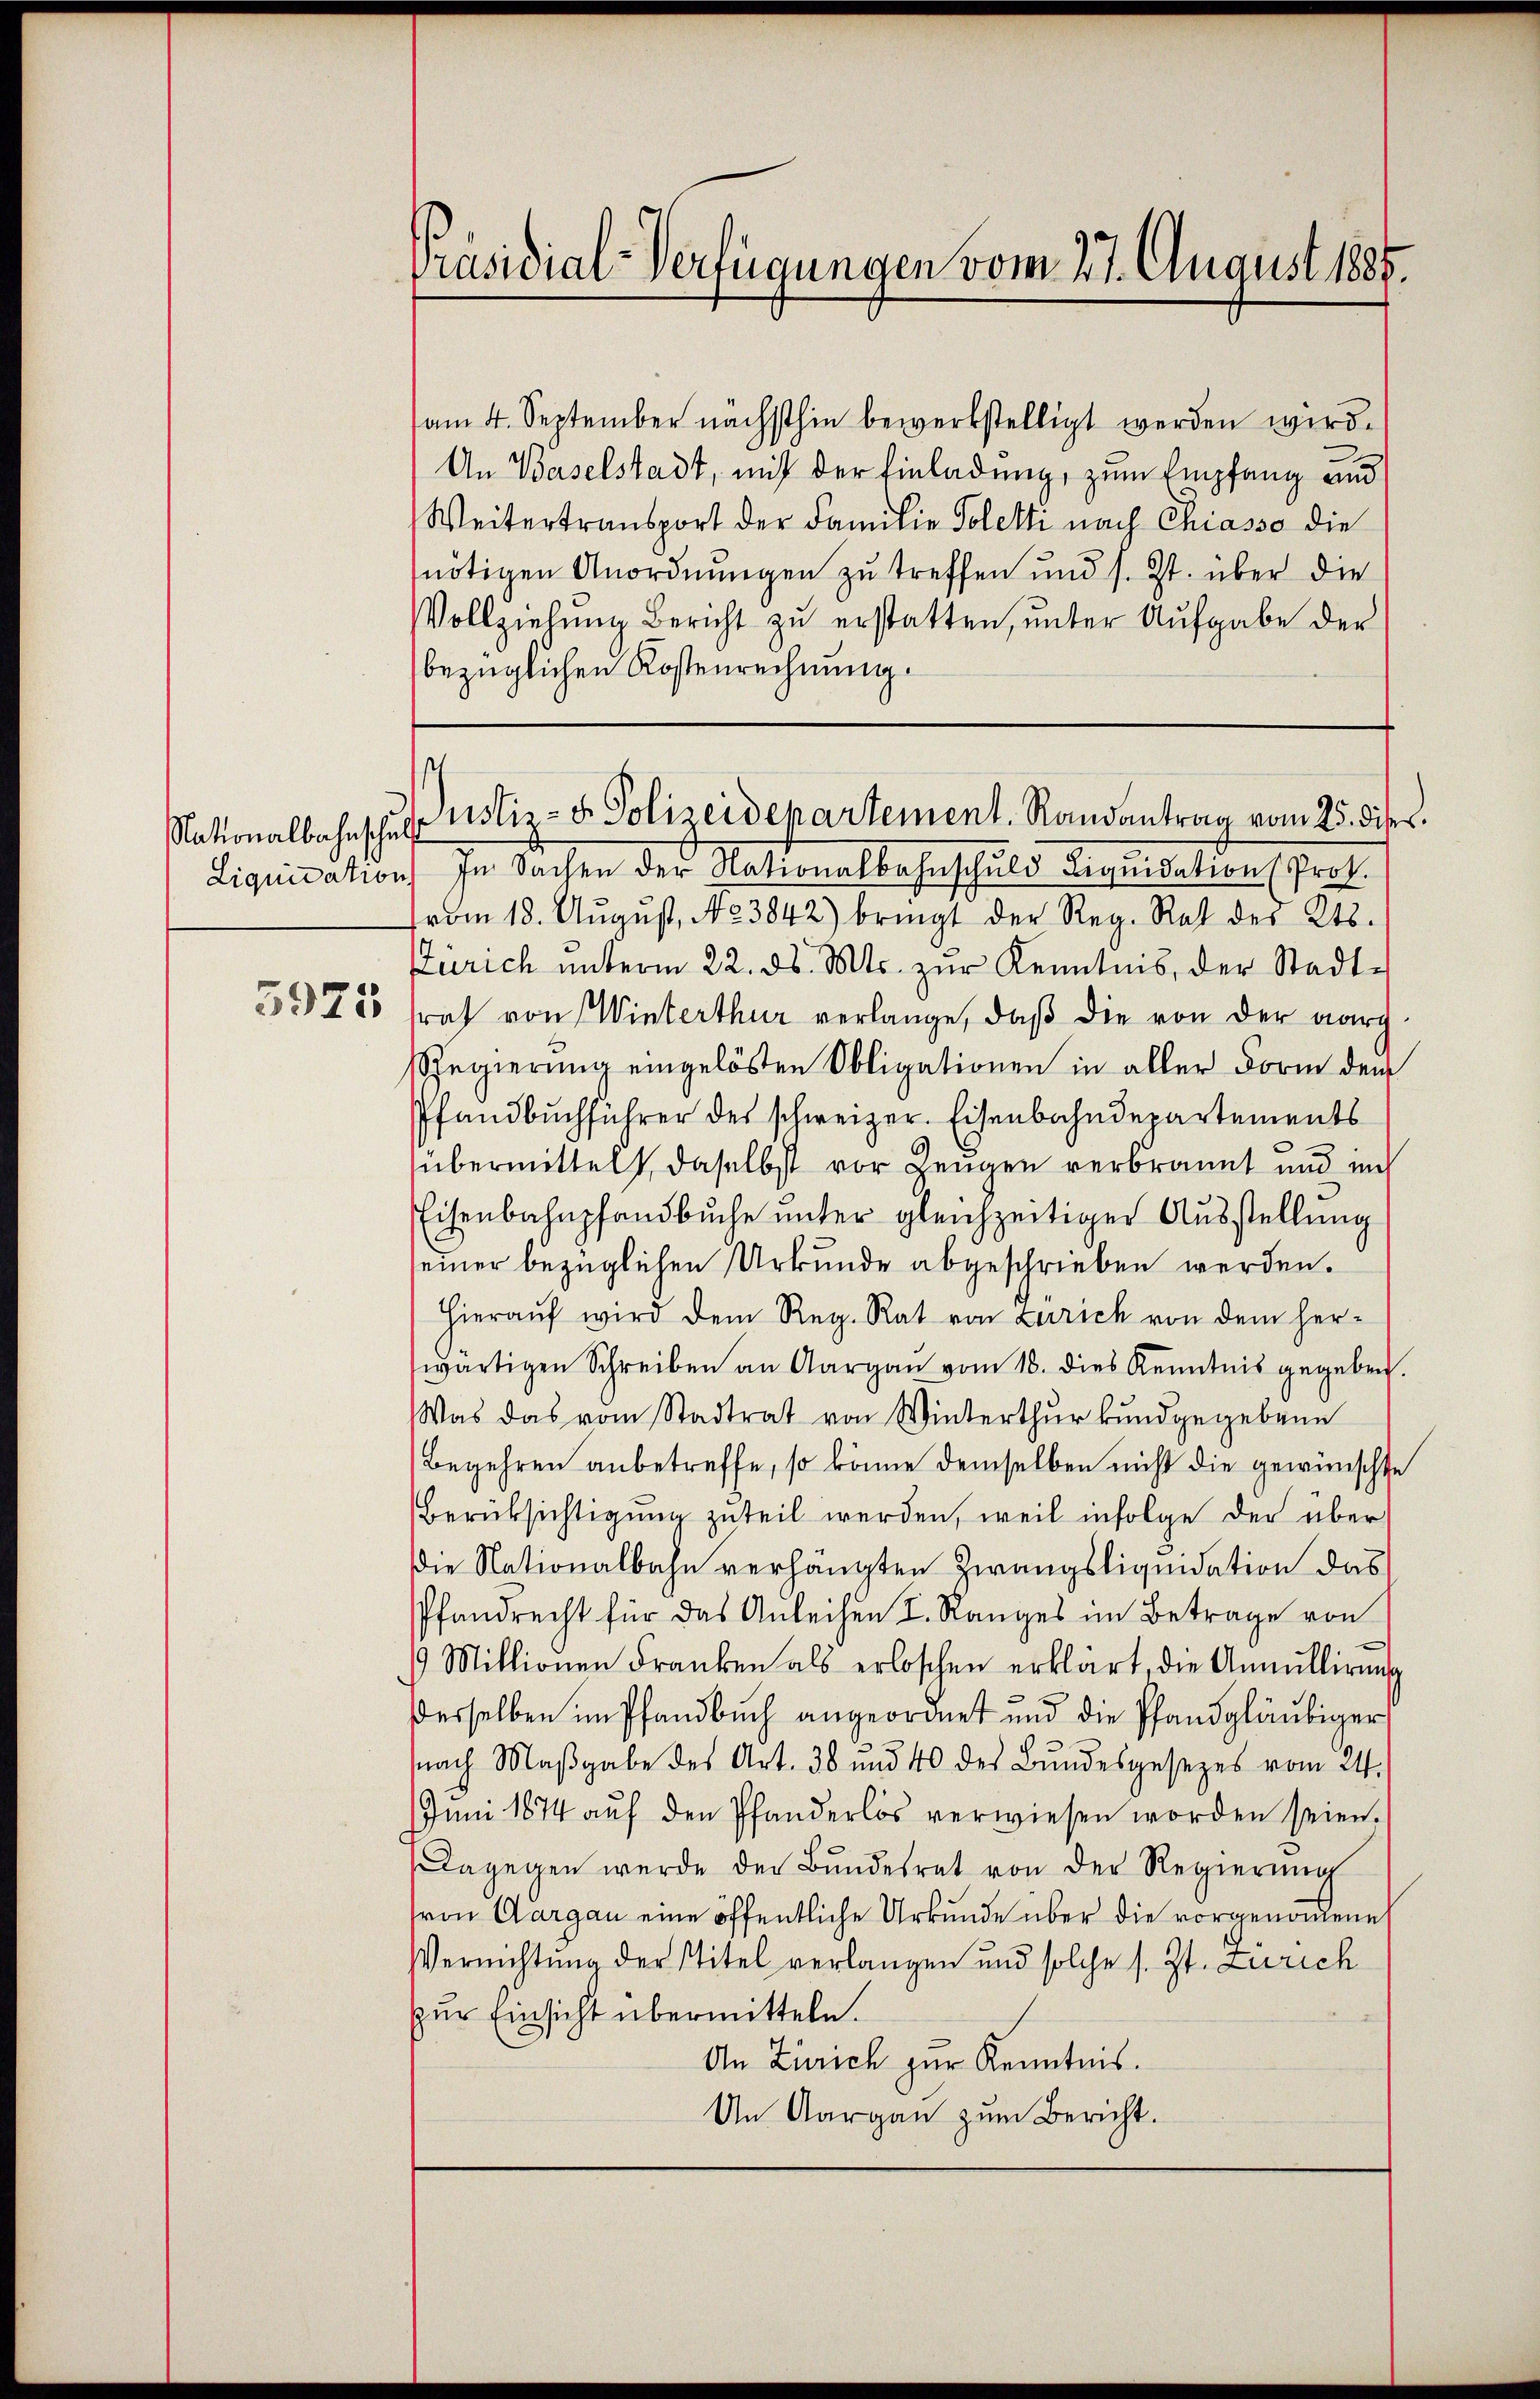
3925

Präsidial-Verfügungen vom 27. August 1885.

am 4. September nächsthin bewerkstelligt werden wird.
An Baselstadt, mit der Einladung, zum Empfang und
Weitertransport der Familie Poletti nach Chiasso die
nötigen Anordnungen zu treffen und s. Zt. über die
Vollziehŭng Bericht zŭ erstatten, unter Aufgabe der
bezüglichen Kostenrechnung.
Liquidation in Sachen der Nationalbahnschuld Liquidation (Prof.
vom 18. Aŭgŭst No. 3842) bringt der Reg. Rat des Kts.
Zürich ŭnterm 22. ds. Mts. zŭr Kenntnis, der Stadt-
raf von Winterthur verlange, daß die von der durch
Regierung eingelösten Obligationen in aller Form dem
Pfandbuchführer des schweizer. Eisenbahndepartements
übermittelt, daselbst vor Zeugen verbrannt und in
Eisenbahnpfandbuche unter gleichzeitiger Ausstellung
seiner bezüglichen Urkunde abgeschrieben werden.
Hieraŭf wird dem Reg. Rat von Zürich von dem herwärtigen Schreiben an Aargau vom 18. dies Kenntnis gegeben.
Was das vom Stadtrat von Winterthur kundgegebene
Begehren anbetreffe, so könne demselben nicht die gewünschte
Berüksichtigung zuteil werden, weil infolge der über
Die Nationalbahn verhängten Zwangsliquidation das
Pfandrecht für das Anleihen I. Ranges im Betrage von
9 Millionen Franken als erloschen erklärt, die Annullirung
derselben im Pfandbuch angeordnet und die Pfandgläubiger
nach Maβgabe des Art. 38 und 40 des Bŭndesgesetzes vom 24.
Juni 1874 aŭf den Pfanderlos verwiesen worden seien.
dagegen werde der Bŭndesrat von der Regierŭng
(von Aargau eine öffentliche Urkunde über die vorgenommene
Vernichtung der Titel verlangen und solche s. Zt. Zürich
zur Einsicht übermitteln.
An Zürich zur Kenntnis.
Un Aargau zum Bericht.

.
Nationalbahnschŭls Notiz- & Polizeidepartement. Randantrag vom 25. diser